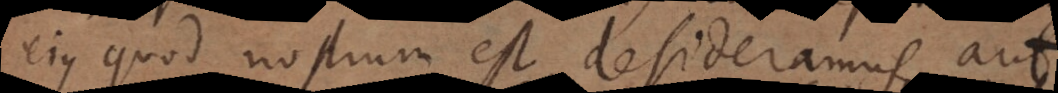
ejus quod nostrum est desideramus, aut